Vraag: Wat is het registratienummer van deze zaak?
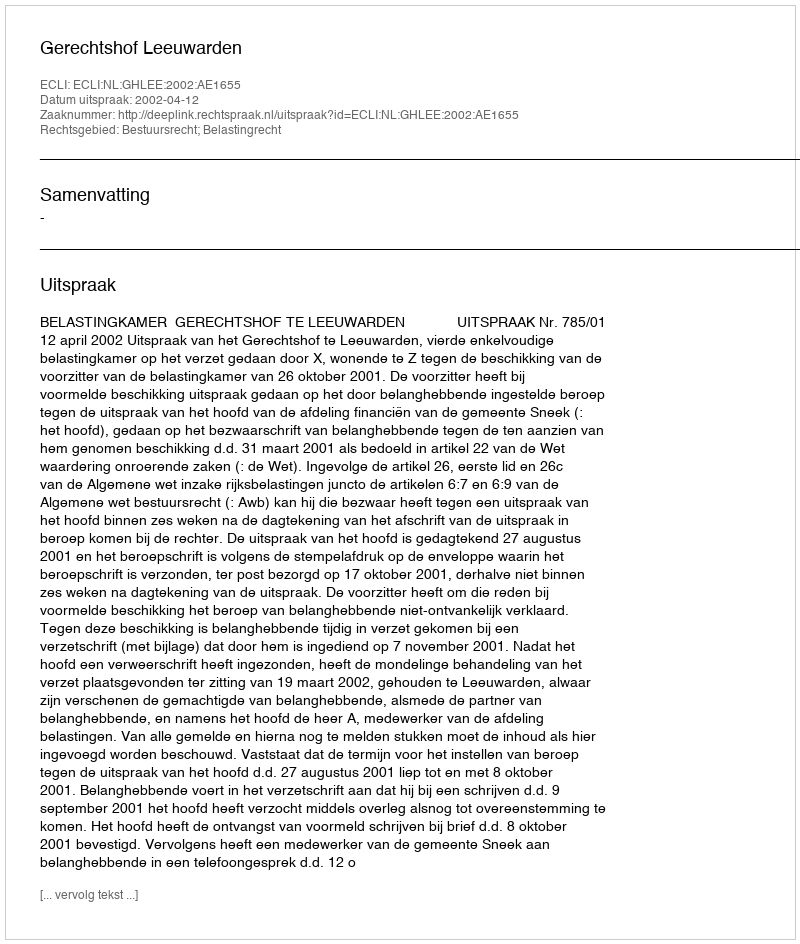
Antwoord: http://deeplink.rechtspraak.nl/uitspraak?id=ECLI:NL:GHLEE:2002:AE1655